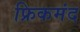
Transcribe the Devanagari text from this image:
फ्रिकमंद